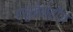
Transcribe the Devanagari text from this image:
ह्युमेनेटीज